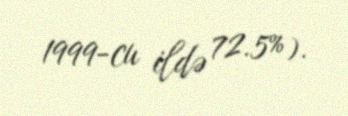
1999-cu ildə 72.5%).